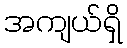
အကျယ်ရှိ